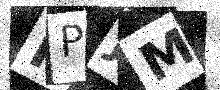
Text: PPJM